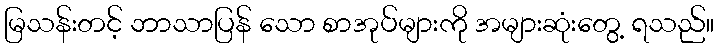
မြသန်းတင့် ဘာသာပြန် သော စာအုပ်များကို အများဆုံးတွေ့ ရသည်။